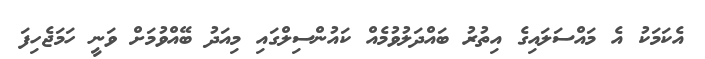
އެކަމަކު އެ މައްސަަލައިގެ އިތުރު ބައްދަލުވުމެއް ކައުންސިލްގައި މިއަދު ބޭއްވުމަށް ވަނީ ހަމަޖެހިފަ